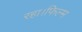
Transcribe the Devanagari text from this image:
रहा।फिल्म